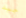
جيد